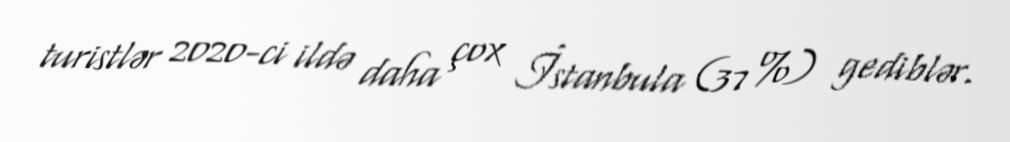
turistlər 2020-ci ildə daha çox İstanbula (37 %) gediblər.